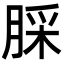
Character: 䐆